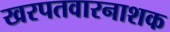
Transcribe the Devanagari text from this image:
खरपतवारनाशक